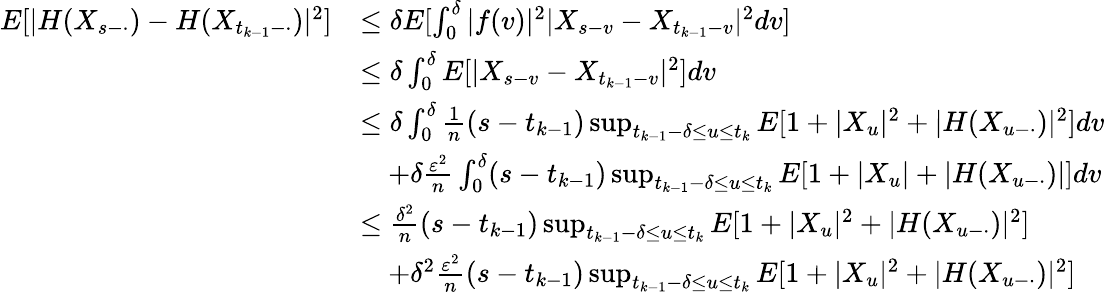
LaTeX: \begin{array}{rl}{E[|H(X_{s-\cdot})-H(X_{t_{k-1}-\cdot})|^{2}]}&{\leq\delta E[\int_{0}^{\delta}|f(v)|^{2}|X_{s-v}-X_{t_{k-1}-v}|^{2}dv]}\\ &{\leq\delta\int_{0}^{\delta}E[|X_{s-v}-X_{t_{k-1}-v}|^{2}]dv}\\ &{\leq\delta\int_{0}^{\delta}\frac{1}{n}(s-t_{k-1})\operatorname*{sup}_{t_{k-1}-\delta\leq u\leq t_{k}}E[1+|X_{u}|^{2}+|H(X_{u-\cdot})|^{2}]dv}\\ &{\quad+\delta\frac{\varepsilon^{2}}{n}\int_{0}^{\delta}(s-t_{k-1})\operatorname*{sup}_{t_{k-1}-\delta\leq u\leq t_{k}}E[1+|X_{u}|+|H(X_{u-\cdot})|]dv}\\ &{\leq\frac{\delta^{2}}{n}(s-t_{k-1})\operatorname*{sup}_{t_{k-1}-\delta\leq u\leq t_{k}}E[1+|X_{u}|^{2}+|H(X_{u-\cdot})|^{2}]}\\ &{\quad+\delta^{2}\frac{\varepsilon^{2}}{n}(s-t_{k-1})\operatorname*{sup}_{t_{k-1}-\delta\leq u\leq t_{k}}E[1+|X_{u}|^{2}+|H(X_{u-\cdot})|^{2}]}\end{array}